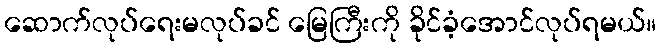
ဆောက်လုပ်ရေးမလုပ်ခင် မြေကြီးကို ခိုင်ခံ့အောင်လုပ်ရမယ်။